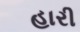
હારી